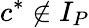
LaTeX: c^{*}\notin I_{P}